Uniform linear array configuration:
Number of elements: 4
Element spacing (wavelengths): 0.25
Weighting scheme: exponential
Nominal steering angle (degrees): -15
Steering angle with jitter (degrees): -14.793
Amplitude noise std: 0.05
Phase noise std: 0.05

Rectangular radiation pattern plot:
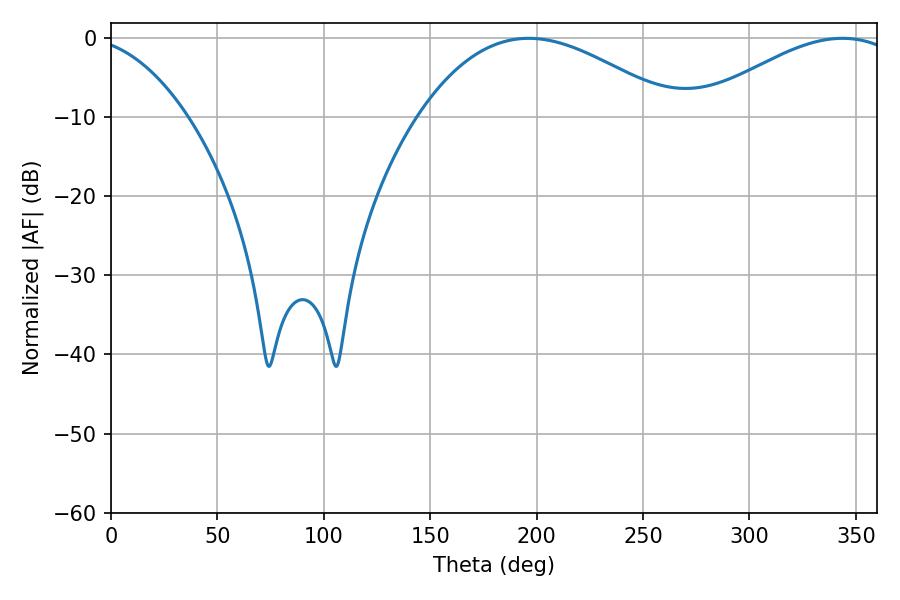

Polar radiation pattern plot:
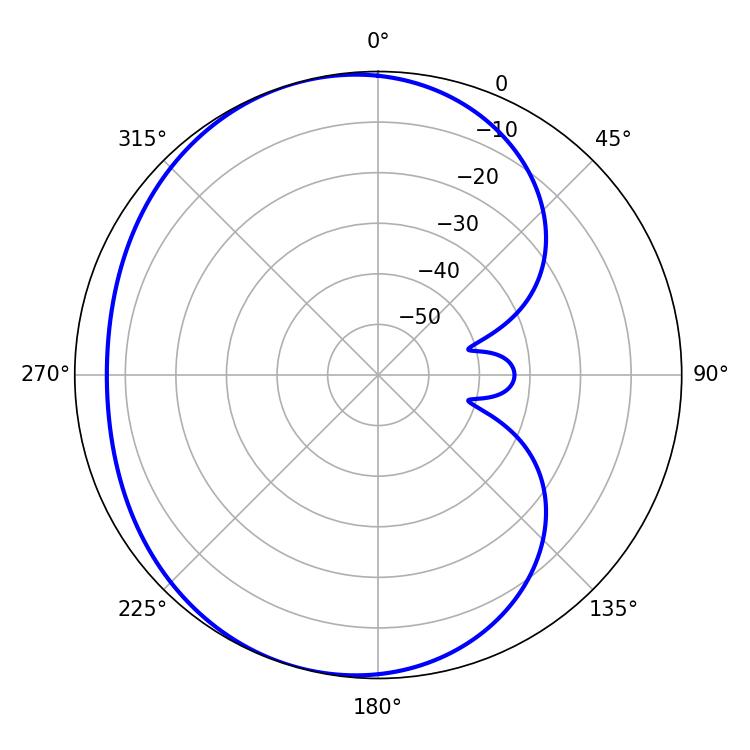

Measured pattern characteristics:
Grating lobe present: FALSE
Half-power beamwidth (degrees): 66.24
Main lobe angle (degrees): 196.2